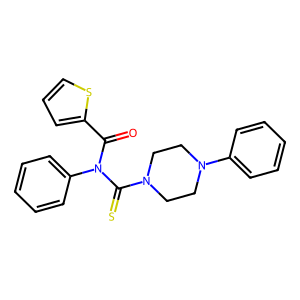
SMILES: O=C(c1cccs1)N(C(=S)N1CCN(c2ccccc2)CC1)c1ccccc1
Inhibits HIV replication: No